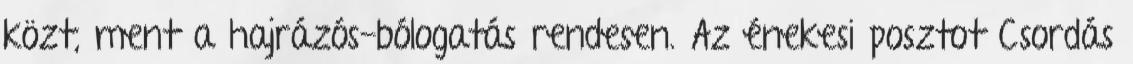
közt, ment a hajrázós-bólogatás rendesen. Az énekesi posztot Csordás